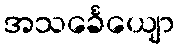
အသင်္ခေယျော